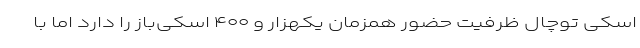
اسکی توچال ظرفیت حضور همزمان یکهزار و ۴۰۰ اسکی‌باز را دارد اما با